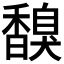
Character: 𩡗